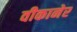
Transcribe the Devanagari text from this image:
वीकानेर